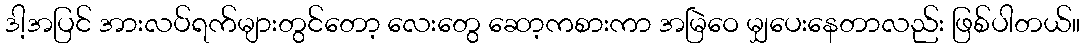
ဒါ့အပြင် အားလပ်ရက်များတွင်တော့ လေးတွေ ဆော့ကစားကာ အမြဲဝေ မျှပေးနေတာလည်း ဖြစ်ပါတယ်။